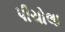
પીચોલા